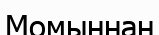
Момыннан